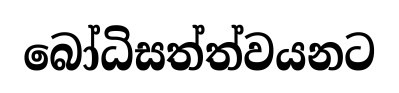
බෝධිසත්ත්වයනට